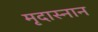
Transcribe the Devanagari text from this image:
मृदास्नान